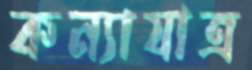
কন্যাযাত্র